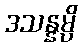
ဒသန္နမ္ပိ